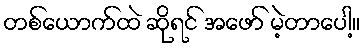
တစ်ယောက်ထဲ ဆိုရင် အဖော် မဲ့တာပေါ့။